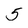
Character: 5